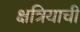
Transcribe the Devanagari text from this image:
क्षत्रियाची